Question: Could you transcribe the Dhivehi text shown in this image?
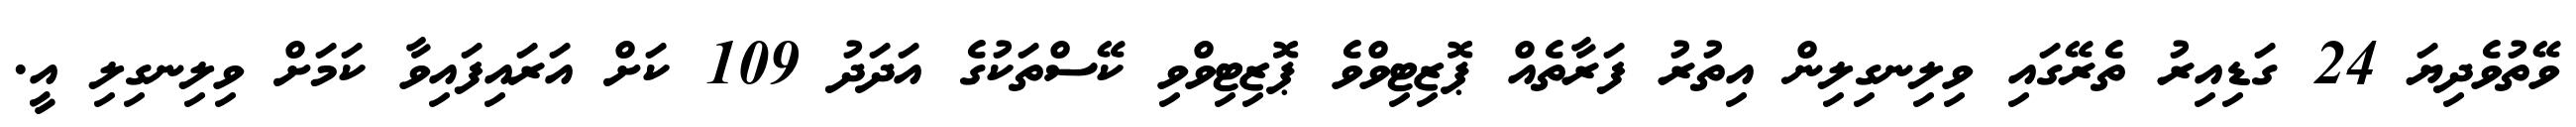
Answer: ވޭތުވެދިޔަ 24 ގަޑިއިރު ތެރޭގައި ވިލިނގިލިން އިތުރު ފަރާތެއް ޕޮޒިޓިވްވެ ޕޮޒިޓިވްވި ކޭސްތަކުގެ އަދަދު 109 ކަށް އަރައިފައިވާ ކަމަށް ވިލިނގިލި އީ.